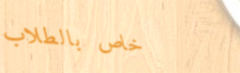
خاص بالطلاب